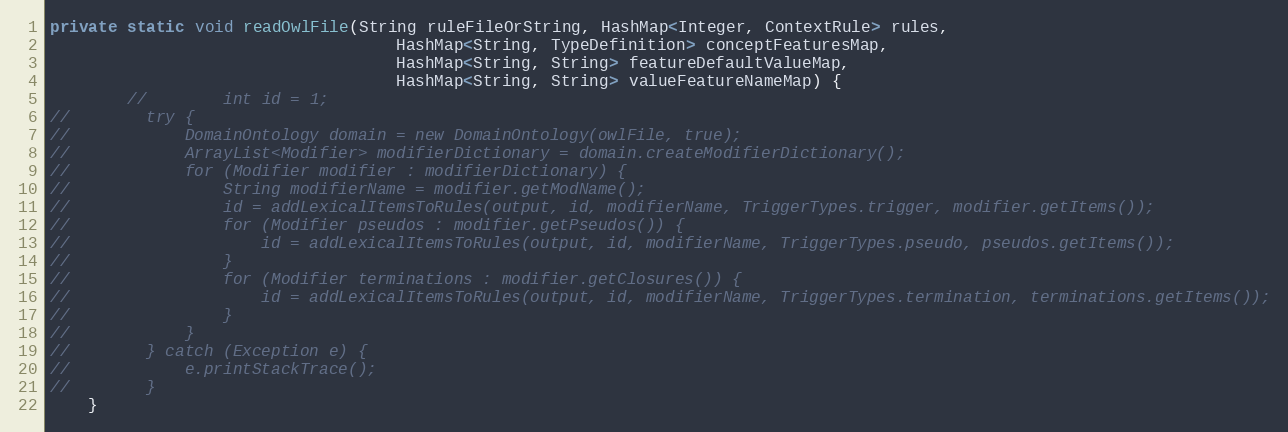
Language: Java
private static void readOwlFile(String ruleFileOrString, HashMap<Integer, ContextRule> rules,
                                    HashMap<String, TypeDefinition> conceptFeaturesMap,
                                    HashMap<String, String> featureDefaultValueMap,
                                    HashMap<String, String> valueFeatureNameMap) {
        //        int id = 1;
//        try {
//            DomainOntology domain = new DomainOntology(owlFile, true);
//            ArrayList<Modifier> modifierDictionary = domain.createModifierDictionary();
//            for (Modifier modifier : modifierDictionary) {
//                String modifierName = modifier.getModName();
//                id = addLexicalItemsToRules(output, id, modifierName, TriggerTypes.trigger, modifier.getItems());
//                for (Modifier pseudos : modifier.getPseudos()) {
//                    id = addLexicalItemsToRules(output, id, modifierName, TriggerTypes.pseudo, pseudos.getItems());
//                }
//                for (Modifier terminations : modifier.getClosures()) {
//                    id = addLexicalItemsToRules(output, id, modifierName, TriggerTypes.termination, terminations.getItems());
//                }
//            }
//        } catch (Exception e) {
//            e.printStackTrace();
//        }
    }